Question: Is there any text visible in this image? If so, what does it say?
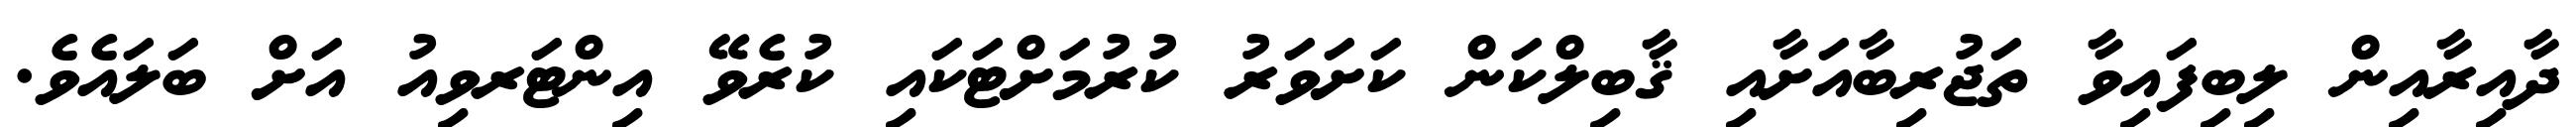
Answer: ދާއިރާއިން ލިބިފައިވާ ތަޖުރިބާއަށާއި ޤާބިލްކަން ކަށަވަރު ކުރުމަށްޓަކައި ކުރެވޭ އިންޓަރވިއު އަށް ބަލައެވެ.